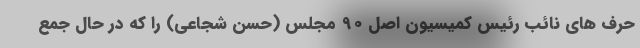
حرف های نائب رئیس کمیسیون اصل 90 مجلس (حسن شجاعی) را که در حال جمع